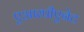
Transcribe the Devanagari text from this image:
एआरपीएनेट